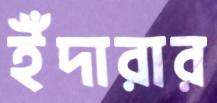
ইঁদারার